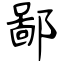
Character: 鄙